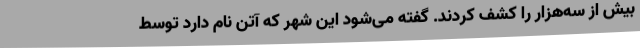
بیش از سه‌هزار را کشف کردند. گفته می‌شود این شهر که آتن نام دارد توسط